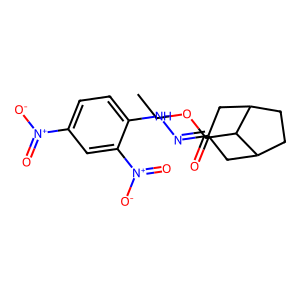
SMILES: CCOC(=O)C1C2CCC1CC(=NNc1ccc([N+](=O)[O-])cc1[N+](=O)[O-])C2
Inhibits HIV replication: No